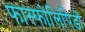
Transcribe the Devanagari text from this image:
फास्फोलिपिडों